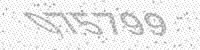
Solution: 075799